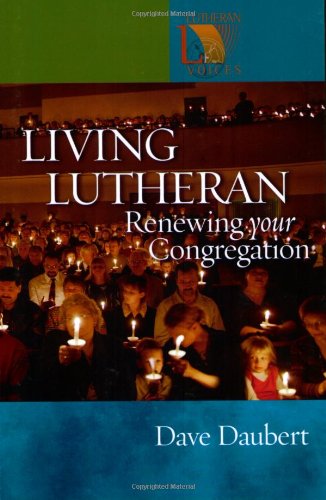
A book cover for Living Lutheran: Renewing Your Congregation (Lutheran Voices); Dave Daubert; Christian Books & Bibles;